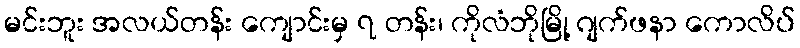
မင်းဘူး အလယ်တန်း ကျောင်းမှ ၇ တန်း၊ ကိုလံဘိုမြို့ ဂျက်ဖနာ ကောလိပ်